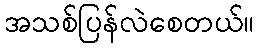
အသစ်ပြန်လဲစေတယ်။